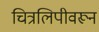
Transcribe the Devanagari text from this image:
चित्रलिपीवरून